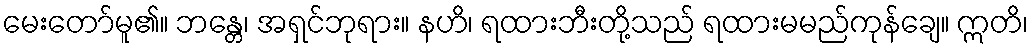
မေးတော်မူ၏။ ဘန္တေ၊ အရှင်ဘုရား။ နဟိ၊ ရထားဘီးတို့သည် ရထားမမည်ကုန်ချေ။ ဣတိ၊